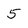
Character: 5